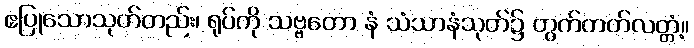
ဧပြုသောသုတ်တည်း၊ ရုပ်ကို သဗ္ဗတော နံ သံသာနံသုတ်၌ တွက်တတ်လတ္တံ့။